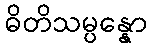
ဓိတိသမ္ပန္နော